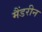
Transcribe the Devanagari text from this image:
मैंडरीन